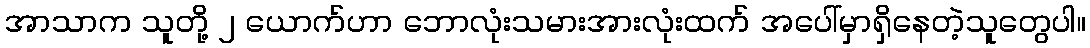
အာသာက သူတို့ ၂ ယောက်ဟာ ဘောလုံးသမားအားလုံးထက် အပေါ်မှာရှိနေတဲ့သူတွေပါ။